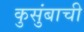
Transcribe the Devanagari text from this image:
कुसुंबाची